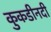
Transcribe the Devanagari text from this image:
कुकडीनदी